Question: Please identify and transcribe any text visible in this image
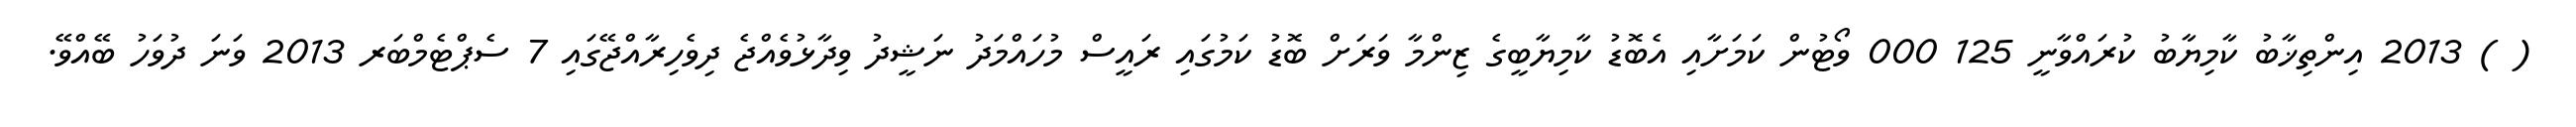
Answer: ( ) 2013 އިންތިޚާބު ކާމިޔާބު ކުރައްވާނީ 125 000 ވޯޓުން ކަމަށާއި އެބޮޑު ކާމިޔާބީގެ ޒިންމާ ވަރަށް ބޮޑު ކަމުގައި ރައީސް މުހައްމަދު ނަޝީދު ވިދާޅުވެއްޖެ ދިވެހިރާއްޖޭގައި 7 ސެޕްޓެމްބަރ 2013 ވަނަ ދުވަހު ބޭއްވޭ.